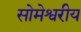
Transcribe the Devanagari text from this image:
सोमेश्वरीय